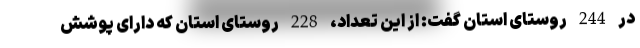
در 244 روستای استان گفت: از این تعداد، 228 روستای استان که دارای پوشش